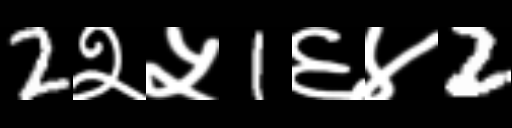
Text: 2२५1६४2